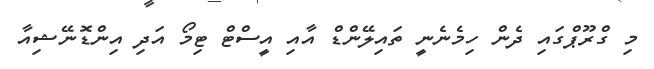
މި ގްރޫޕްގައި ދެން ހިމެނެނީ ތައިލޭންޑް އާއި އީސްޓް ޓިމޯ އަދި އިންޑޮނޭޝިއާ